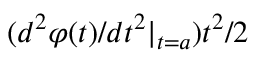
( d ^ { 2 } \varphi ( t ) / d t ^ { 2 } | _ { t = a } ) t ^ { 2 } / 2